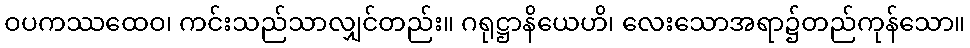
ဝပကဿထေဝ၊ ကင်းသည်သာလျှင်တည်း။ ဂရုဋ္ဌာနိယေဟိ၊ လေးသောအရာ၌တည်ကုန်သော။